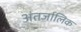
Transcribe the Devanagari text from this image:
अंतर्जालिक